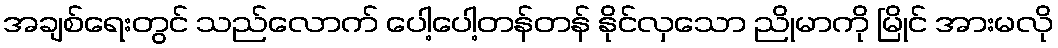
အချစ်ရေးတွင် သည်လောက် ပေါ့ပေါ့တန်တန် နိုင်လှသော ညိုမာကို မြိုင် အားမလို